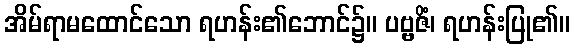
အိမ်ရာမထောင်သော ရဟန်း၏ဘောင်၌။ ပဗ္ဗဇိံ၊ ရဟန်းပြု၏။